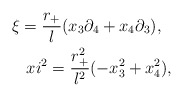
\begin{align*}\xi =\frac{r_+}{l} (x_{3} \partial_{4} + x_4 \partial_{3}), \ \ \\xi^2=\frac{r_+^2}{l^2}(-x_{3}^2+x_4^2),\end{align*}